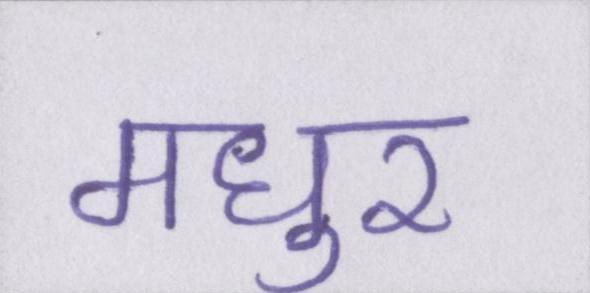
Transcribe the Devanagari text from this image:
मधुर